Supplement to the account of plague administration in the Bombay Presidency from September 1896 till May 1897
Year: 1896
Disease focus: Plague
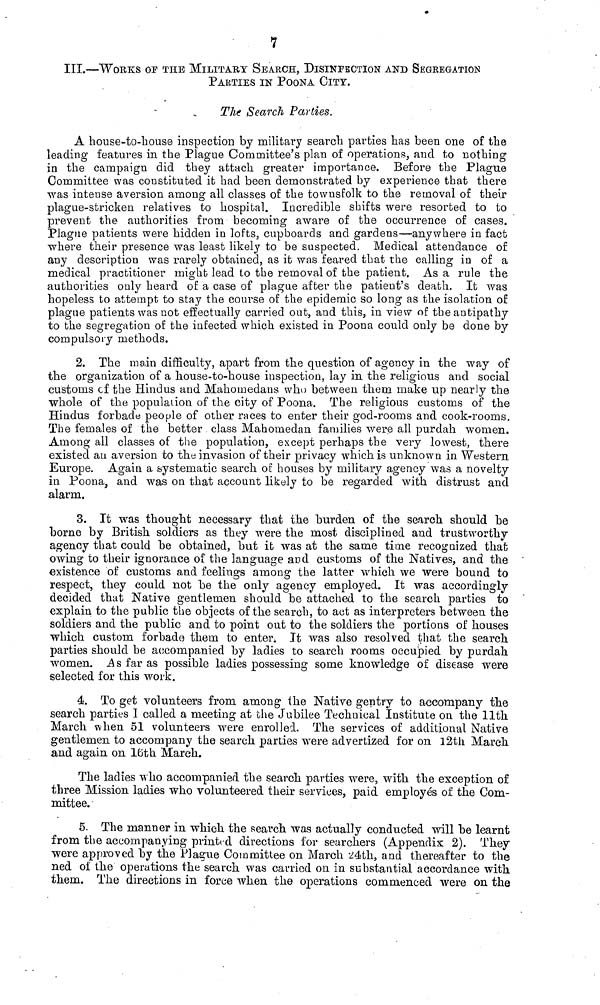
7
III.—WORKS oF THE MILITARY SEARCH, DISINFECTION AND SEGREGATION
PARTIES IN POONA CITY.
The Search Parties.
A house-to-house inspection by military search parties has been one of the
leading features in the Plague Committee's plan of operations, and to nothing
in the campaign did they attach greater importance. Before the Plague
Committee was constituted it had been demonstrated by experience that there
was intense aversion among all classes of the townsfolk to the removal of their
plague-stricken relatives to hospital. Incredible shifts were resorted to to
prevent the authorities from becoming aware of the occurrence of cases.
Plague patients were hidden in lofts, cupboards and gardens—anywhere in fact
where their presence was least likely to be suspected. Medical attendance of
any description was rarely obtained, as it was feared that the calling in of a
medical practitioner might lead to the removal of the patient. As a rule the
authorities only heard of a case of plague after the patient's death. It was
hopeless to attempt to stay the course of the epidemic so long as the isolation of
plague patients was not effectually carried out, and this, in view of the antipathy
to the segregation of the infected which existed in Poona could only be done by
compulsory methods.
2. The main difficulty, apart from the question of agency in the way of
the organization of a house-to-house inspection, lay in the religious and social
customs cf the Hindus and Mahomedans who between them make up nearly the
whole of the population of the city of Poona. The religious customs of the
Hindus forbade people of other races to enter their god-rooms and cook-rooms.
The females of the better class Mahomedan families were all purdah women.
Among all classes of the population, except perhaps the very lowest, there
existed an aversion bo the invasion of their privacy which is unknown in Western
Europe. Again a systematic search of houses by military agency was a novelty
in Poona, and was on that account likely to be regarded with distrust and
alarm.
3. It was thought necessary that the burden of the search should be
borne by British soldiers as they were the most disciplined and trustworthy
agency that could be obtained, but it was at the same time recognized that
owing to their ignorance of the language and customs of the Natives, and the
existence of customs and feelings among the latter which we were bound to
respect, they could not be the only agency employed. It was accordingly
decided that Native gentlemen should be attached to the search parties to
explain to the public the objects of the search, to act as interpreters between the
soldiers and the public and to point out to the soldiers the portions of houses
which custom forbade them to enter. It was also resolved that the search
parties should be accompanied by ladies to search rooms occupied by purdah
women. As far as possible ladies possessing some knowledge of disease were
selected for this work.
4. To get volunteers from among the Native gentry to accompany the
search parties I called a meeting at the Jubilee Technical Institute on the 11th
March when 51 volunteers were enrolled. The services of additional Native
gentlemen to accompany the search parties were advertized for on 12th March
and again on 16th March.
The ladies who accompanied the search parties were, with the exception of
three Mission ladies who volunteered their services, paid employes of the Com-
mittee.
5. The manner in which the search was actually conducted will be learnt
from the accompanying printed directions for searchers (Appendix 2). They
were approved by the Plague Committee on March 24th, and thereafter to the
ned of the operations the search was carried on in substantial accordance with,
them. The directions in force when the operations commenced were on the